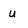
Character: u